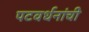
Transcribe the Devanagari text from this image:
पटवर्धनांची